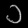
Digit: ၁